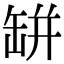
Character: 缾